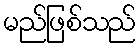
မည်ဖြစ်သည်